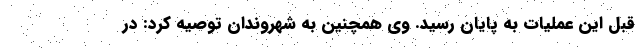
قبل این عملیات به پایان رسید. وی همچنین به شهروندان توصیه کرد: در